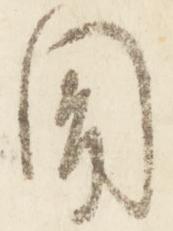
聞